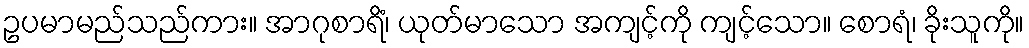
ဥပမာမည်သည်ကား။ အာဂုစာရိံ၊ ယုတ်မာသော အကျင့်ကို ကျင့်သော။ စောရံ၊ ခိုးသူကို။